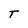
Character: T